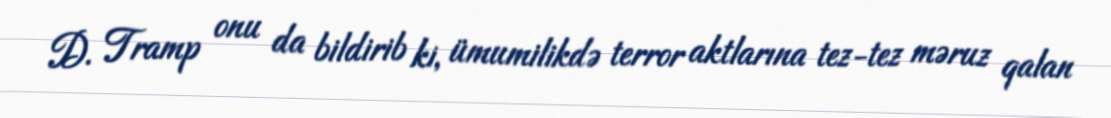
D. Tramp onu da bildirib ki, ümumilikdə terror aktlarına tez-tez məruz qalan